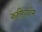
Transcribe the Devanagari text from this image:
कनिंगहैम